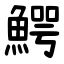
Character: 鰐